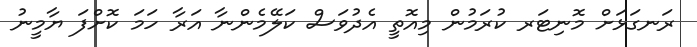
ރަނގަޅަށް މޮނިޓަރ ކުރަމުން މިއޮތީ އެދުވަސް ކަލޭމެންނާ އަރާ ހަމަ ކޮށްފަ ޔާމީނު